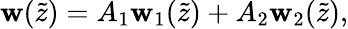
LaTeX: \mathbf{w}(\tilde{{z}})=A_{1}\mathbf{w}_{1}(\tilde{{z}})+A_{2}\mathbf{w}_{2}(\tilde{{z}}),